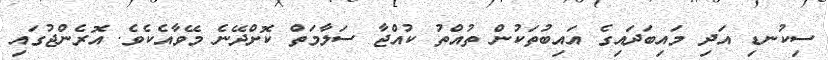
ސިކުނޑި އަދި މައިބަދައިގެ އައިބުތަކުން ތުއްތު ކުއްޖާ ސަލާމަތް ކޮށްދޭނެ މޭވާއެކެވެ. އޮރެންޖުގައި